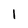
Character: 1